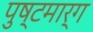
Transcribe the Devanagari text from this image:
पुष्टमार्ग